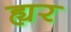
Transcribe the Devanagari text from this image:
ह्यर